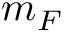
m _ { F }